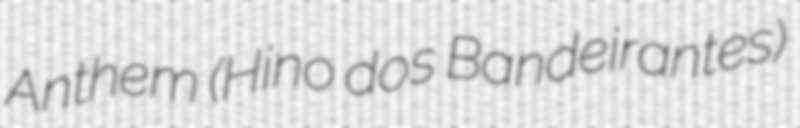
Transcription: Anthem (Hino dos Bandeirantes)